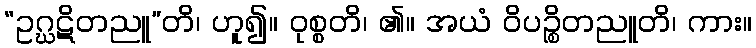
“ဥဂ္ဃဋိတညူ”တိ၊ ဟူ၍။ ဝုစ္စတိ၊ ၏။ အယံ ဝိပဉ္စိတညူတိ၊ ကား။